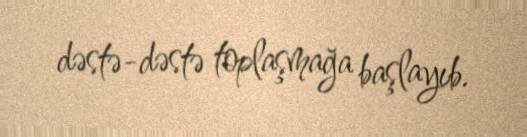
dəstə-dəstə toplaşmağa başlayıb.